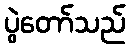
ပွဲတော်သည်